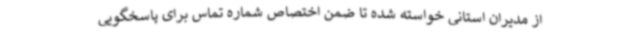
از مدیران استانی خواسته شده تا ضمن اختصاص شماره تماس برای پاسخگویی